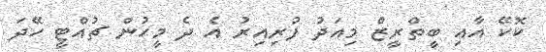
ކޮކޭ އާއި ބީތްރީޒް މިއަދު ފުރިއިރު އެ ދެ މީހުން ޗުއްޓީ ހޭދަ